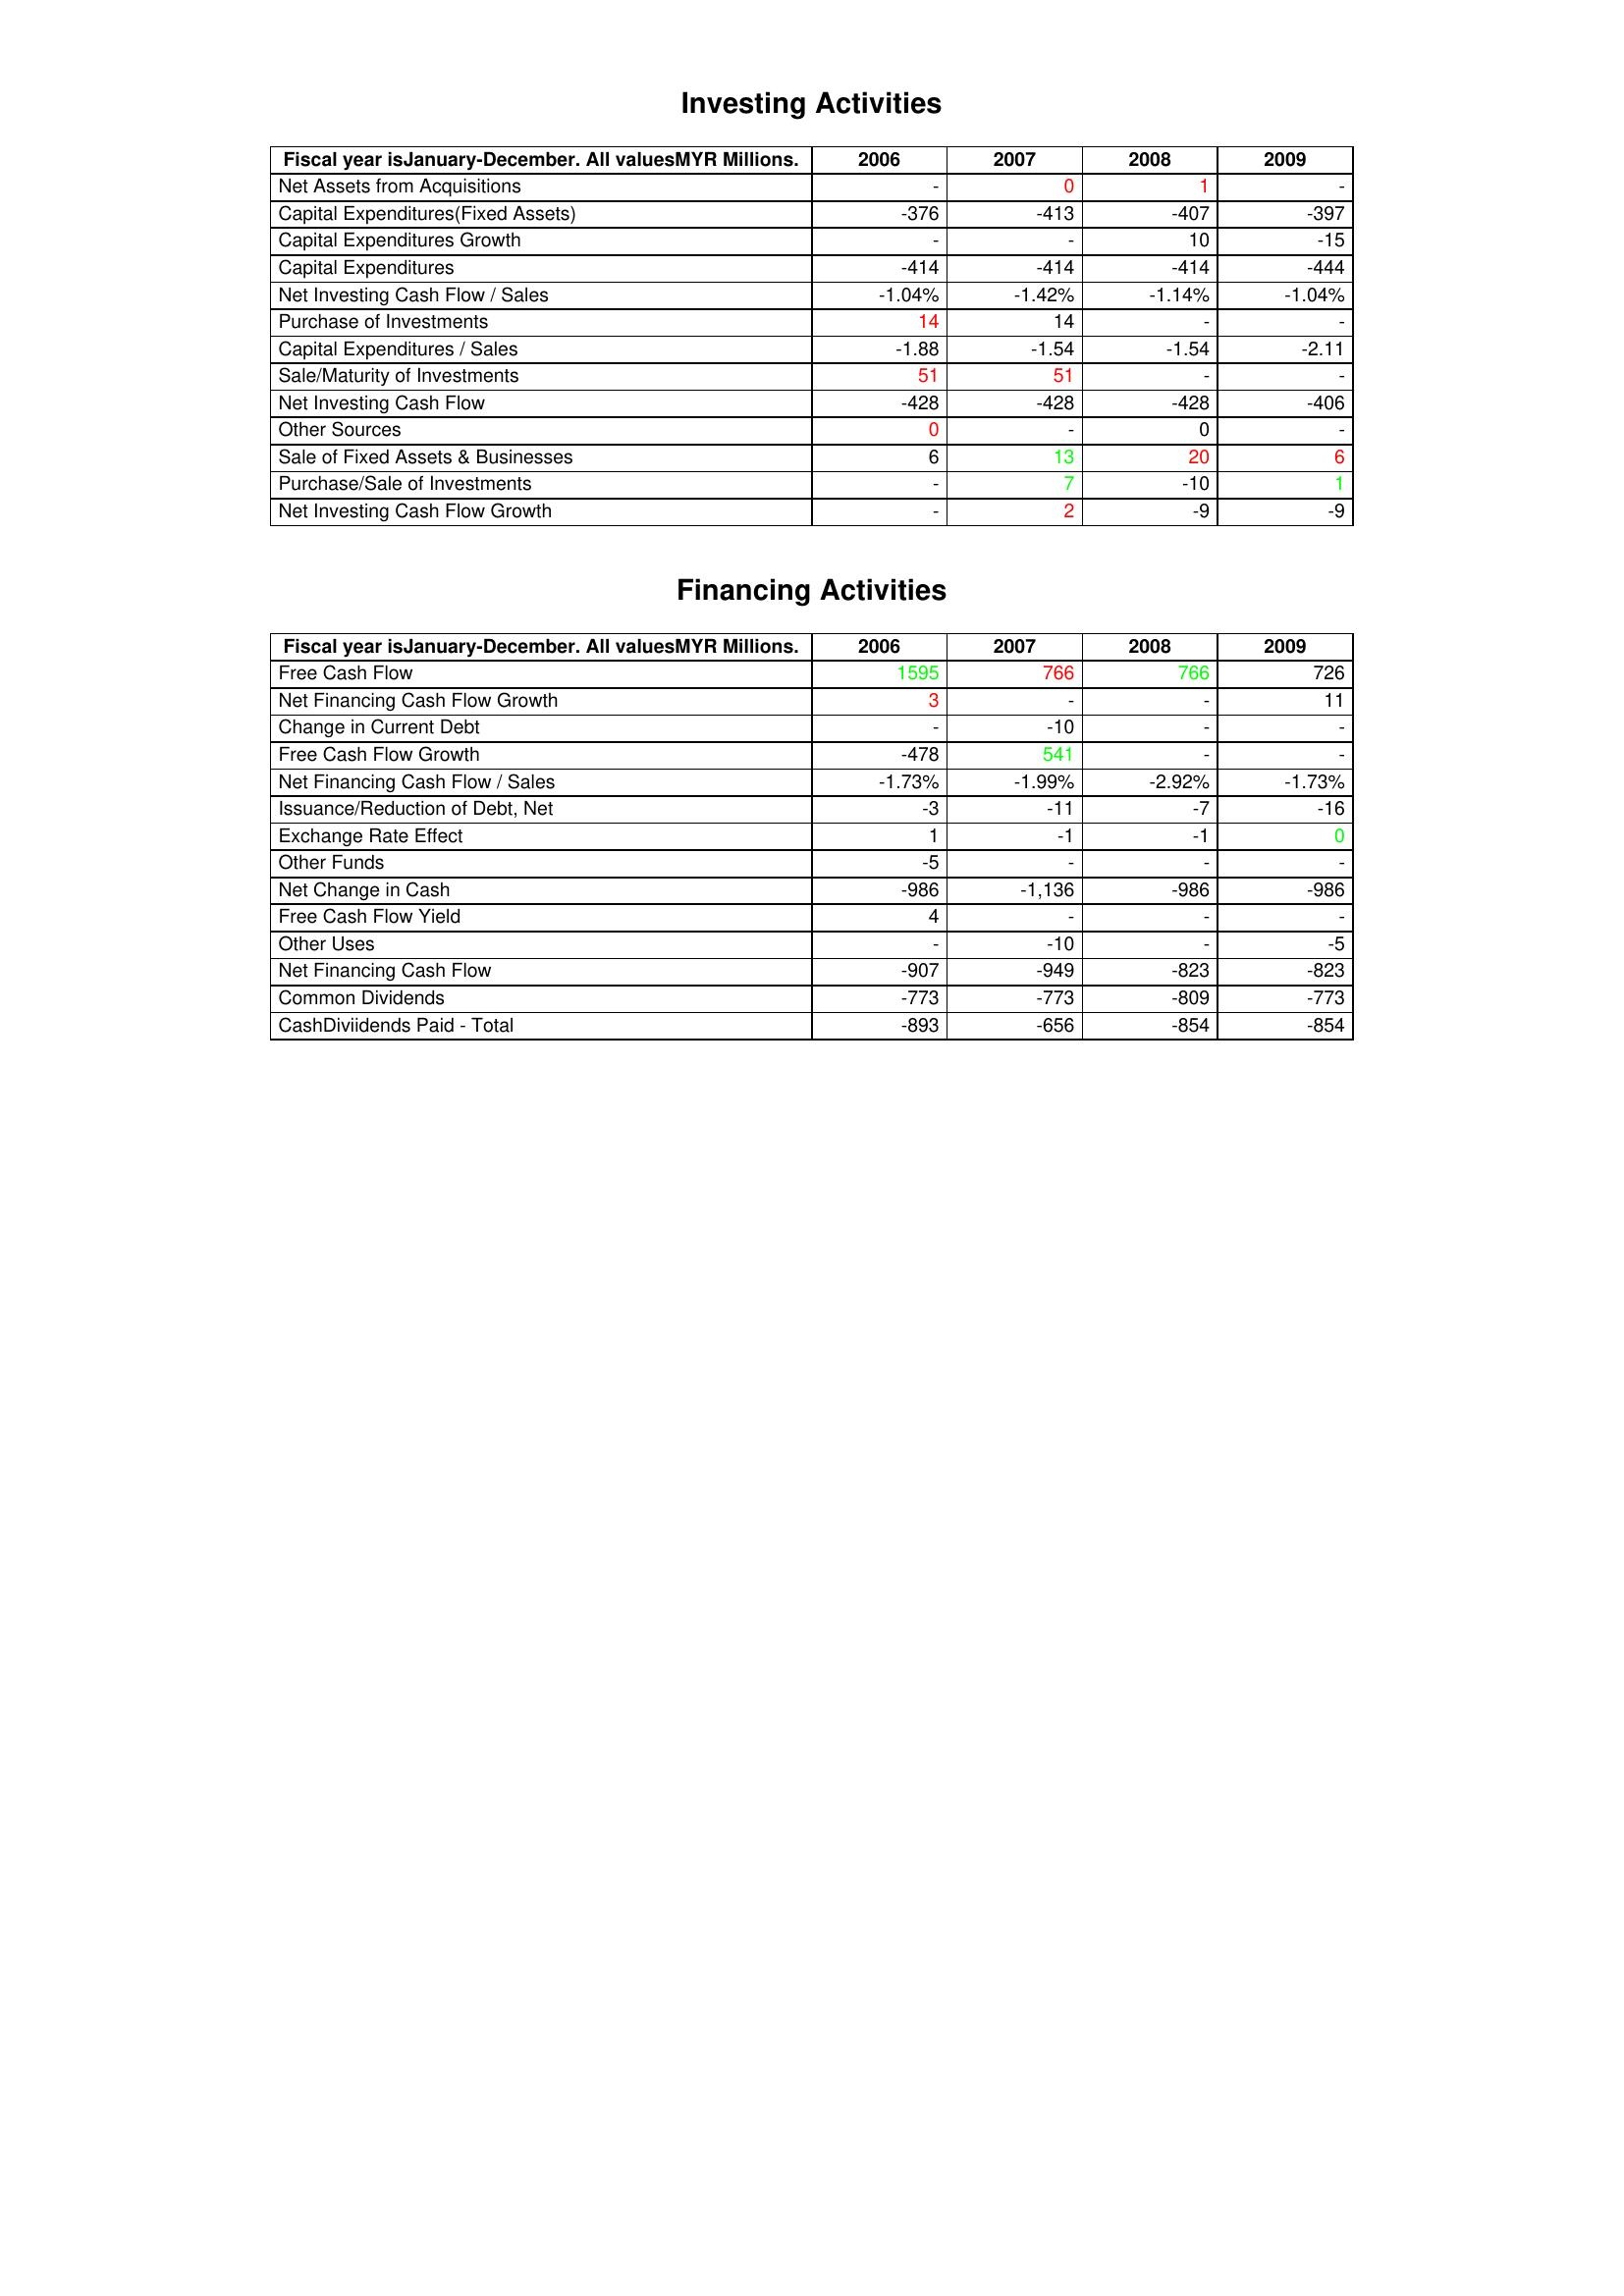
gt_parse: 2006: Investing Activities: Net Assets from Acquisitions: -
Capital Expenditures(Fixed Assets): -376
Capital Expenditures Growth: -
Capital Expenditures: -414
Net Investing Cash Flow / Sales: -1.04%
Purchase of Investments: 14
Capital Expenditures / Sales: -1.88
Sale/Maturity of Investments: 51
Net Investing Cash Flow: -428
Other Sources: 0
Sale of Fixed Assets & Businesses: 6
Purchase/Sale of Investments: -
Net Investing Cash Flow Growth: -
Financing Activities: Free Cash Flow: 1595
Net Financing Cash Flow Growth: 3
Change in Current Debt: -
Free Cash Flow Growth: -478
Net Financing Cash Flow / Sales: -1.73%
Issuance/Reduction of Debt, Net: -3
Exchange Rate Effect: 1
Other Funds: -5
Net Change in Cash: -986
Free Cash Flow Yield: 4
Other Uses: -
Net Financing Cash Flow: -907
Common Dividends: -773
CashDiviidends Paid - Total: -893
2007: Investing Activities: Net Assets from Acquisitions: 0
Capital Expenditures(Fixed Assets): -413
Capital Expenditures Growth: -
Capital Expenditures: -414
Net Investing Cash Flow / Sales: -1.42%
Purchase of Investments: 14
Capital Expenditures / Sales: -1.54
Sale/Maturity of Investments: 51
Net Investing Cash Flow: -428
Other Sources: -
Sale of Fixed Assets & Businesses: 13
Purchase/Sale of Investments: 7
Net Investing Cash Flow Growth: 2
Financing Activities: Free Cash Flow: 766
Net Financing Cash Flow Growth: -
Change in Current Debt: -10
Free Cash Flow Growth: 541
Net Financing Cash Flow / Sales: -1.99%
Issuance/Reduction of Debt, Net: -11
Exchange Rate Effect: -1
Other Funds: -
Net Change in Cash: -1,136
Free Cash Flow Yield: -
Other Uses: -10
Net Financing Cash Flow: -949
Common Dividends: -773
CashDiviidends Paid - Total: -656
2008: Investing Activities: Net Assets from Acquisitions: 1
Capital Expenditures(Fixed Assets): -407
Capital Expenditures Growth: 10
Capital Expenditures: -414
Net Investing Cash Flow / Sales: -1.14%
Purchase of Investments: -
Capital Expenditures / Sales: -1.54
Sale/Maturity of Investments: -
Net Investing Cash Flow: -428
Other Sources: 0
Sale of Fixed Assets & Businesses: 20
Purchase/Sale of Investments: -10
Net Investing Cash Flow Growth: -9
Financing Activities: Free Cash Flow: 766
Net Financing Cash Flow Growth: -
Change in Current Debt: -
Free Cash Flow Growth: -
Net Financing Cash Flow / Sales: -2.92%
Issuance/Reduction of Debt, Net: -7
Exchange Rate Effect: -1
Other Funds: -
Net Change in Cash: -986
Free Cash Flow Yield: -
Other Uses: -
Net Financing Cash Flow: -823
Common Dividends: -809
CashDiviidends Paid - Total: -854
2009: Investing Activities: Net Assets from Acquisitions: -
Capital Expenditures(Fixed Assets): -397
Capital Expenditures Growth: -15
Capital Expenditures: -444
Net Investing Cash Flow / Sales: -1.04%
Purchase of Investments: -
Capital Expenditures / Sales: -2.11
Sale/Maturity of Investments: -
Net Investing Cash Flow: -406
Other Sources: -
Sale of Fixed Assets & Businesses: 6
Purchase/Sale of Investments: 1
Net Investing Cash Flow Growth: -9
Financing Activities: Free Cash Flow: 726
Net Financing Cash Flow Growth: 11
Change in Current Debt: -
Free Cash Flow Growth: -
Net Financing Cash Flow / Sales: -1.73%
Issuance/Reduction of Debt, Net: -16
Exchange Rate Effect: 0
Other Funds: -
Net Change in Cash: -986
Free Cash Flow Yield: -
Other Uses: -5
Net Financing Cash Flow: -823
Common Dividends: -773
CashDiviidends Paid - Total: -854